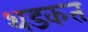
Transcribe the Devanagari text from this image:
थडकत